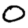
Digit: 0